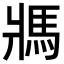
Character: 𩡽